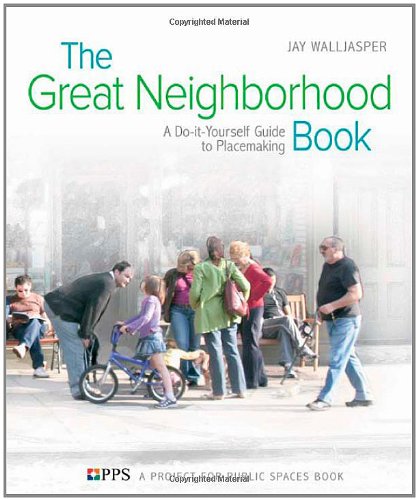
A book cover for The Great Neighborhood Book: A Do-it-Yourself Guide to Placemaking; Jay Walljasper; Sports & Outdoors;